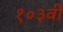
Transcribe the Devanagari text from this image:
१०३वी